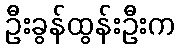
ဦးခွန်ထွန်းဦးက